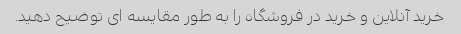
خرید آنلاین و خرید در فروشگاه را به طور مقایسه ای توضیح دهید.